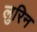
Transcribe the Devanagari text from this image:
लुरिन